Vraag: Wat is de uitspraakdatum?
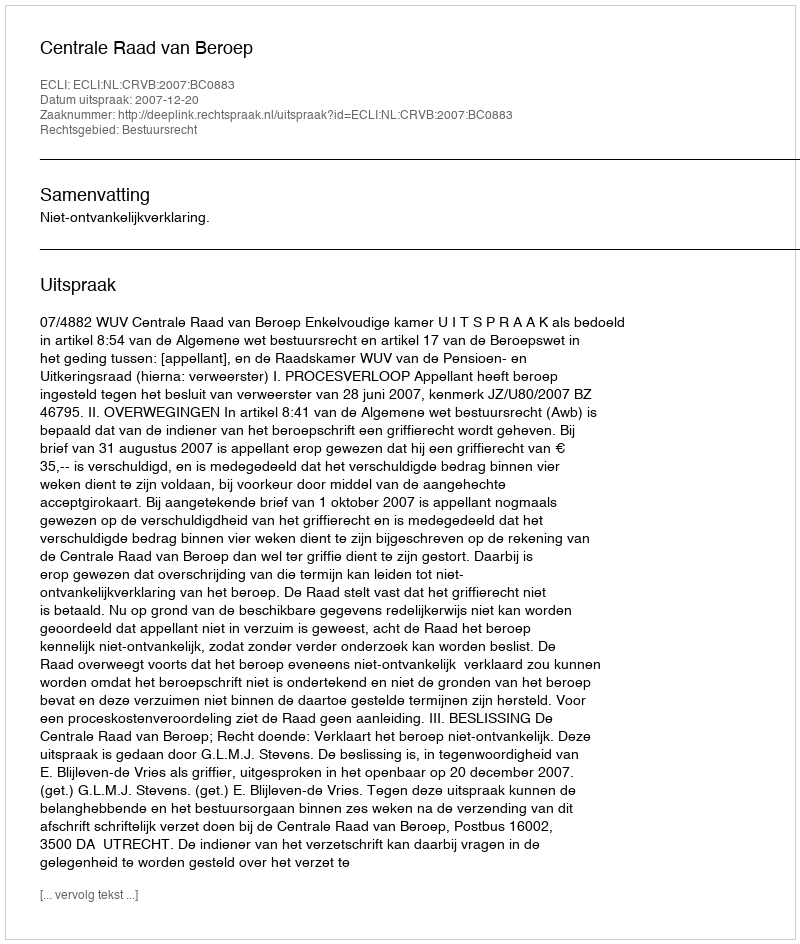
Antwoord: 2007-12-20